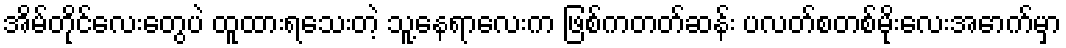
အိမ်တိုင်လေးတွေပဲ ထူထားရသေးတဲ့ သူ့နေရာလေးက ဖြစ်ကတတ်ဆန်း ပလတ်စတစ်မိုးလေးအောက်မှာ